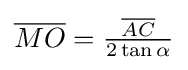
{\overline {MO}}={\tfrac {\overline {AC}}{2\tan \alpha }}